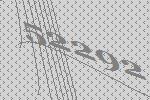
52292